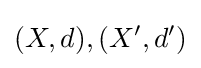
(X,d),(X',d')